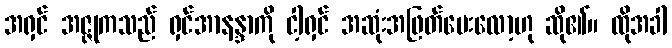
အရှင် အဇ္ဇုကသည် ရှင်အာနန္ဒာကို ငါ့ရှင် အဆုံးအဖြတ်ပေးလော့ဟု ဆို၏။ ထိုအခါ